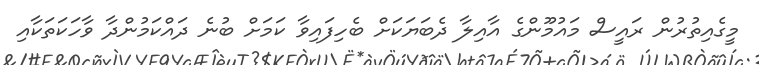
މީގެއިތުރުން ރައީސް މައުމޫންގެ އާއިލާ ދެބަޔަކަށް ބެހިފައިވާ ކަމަށް ބުނެ ދައްކަމުންދާ ވާހަކަތަކާއި